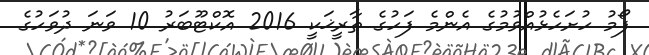
ފޯމު ހުށަހެޅުއްވުމުގެ އެންމެ ފަހުގެ ތާރީޚަކީ 2016 އޮކްޓޫބަރު 10 ވަނަ ދުވަހުގެ